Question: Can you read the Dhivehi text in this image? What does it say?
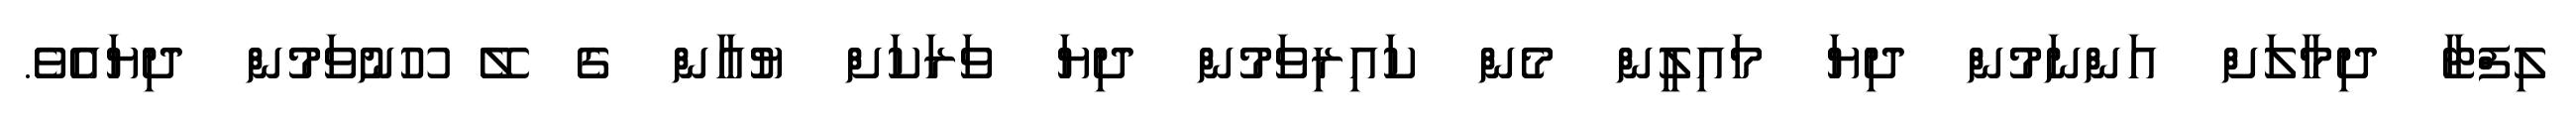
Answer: ލިފްޓާ ދިމާލަށް އަންނަމުން ދިޔަ މައިލީން މެން ކައިރިވަމުން ދިޔަ ވަރަކަށް ޔުއާން ގެ ލޭ ހޫނުވަމުން ދިޔައެވެ.